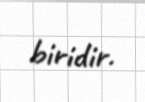
biridir.